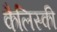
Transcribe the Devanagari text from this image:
कैलिस्की